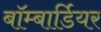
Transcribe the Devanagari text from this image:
बॉम्बार्डियर